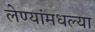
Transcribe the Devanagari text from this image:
लेण्यांमधल्या